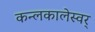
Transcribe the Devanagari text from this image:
कन्लकालेस्वर्